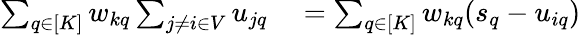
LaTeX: \begin{array}{rl}{\sum_{q\in[K]}w_{kq}\sum_{j\neq i\in V}u_{jq}}&{{}=\sum_{q\in[K]}w_{kq}(s_{q}-u_{iq})}\end{array}